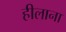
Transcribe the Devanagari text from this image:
हीलाना